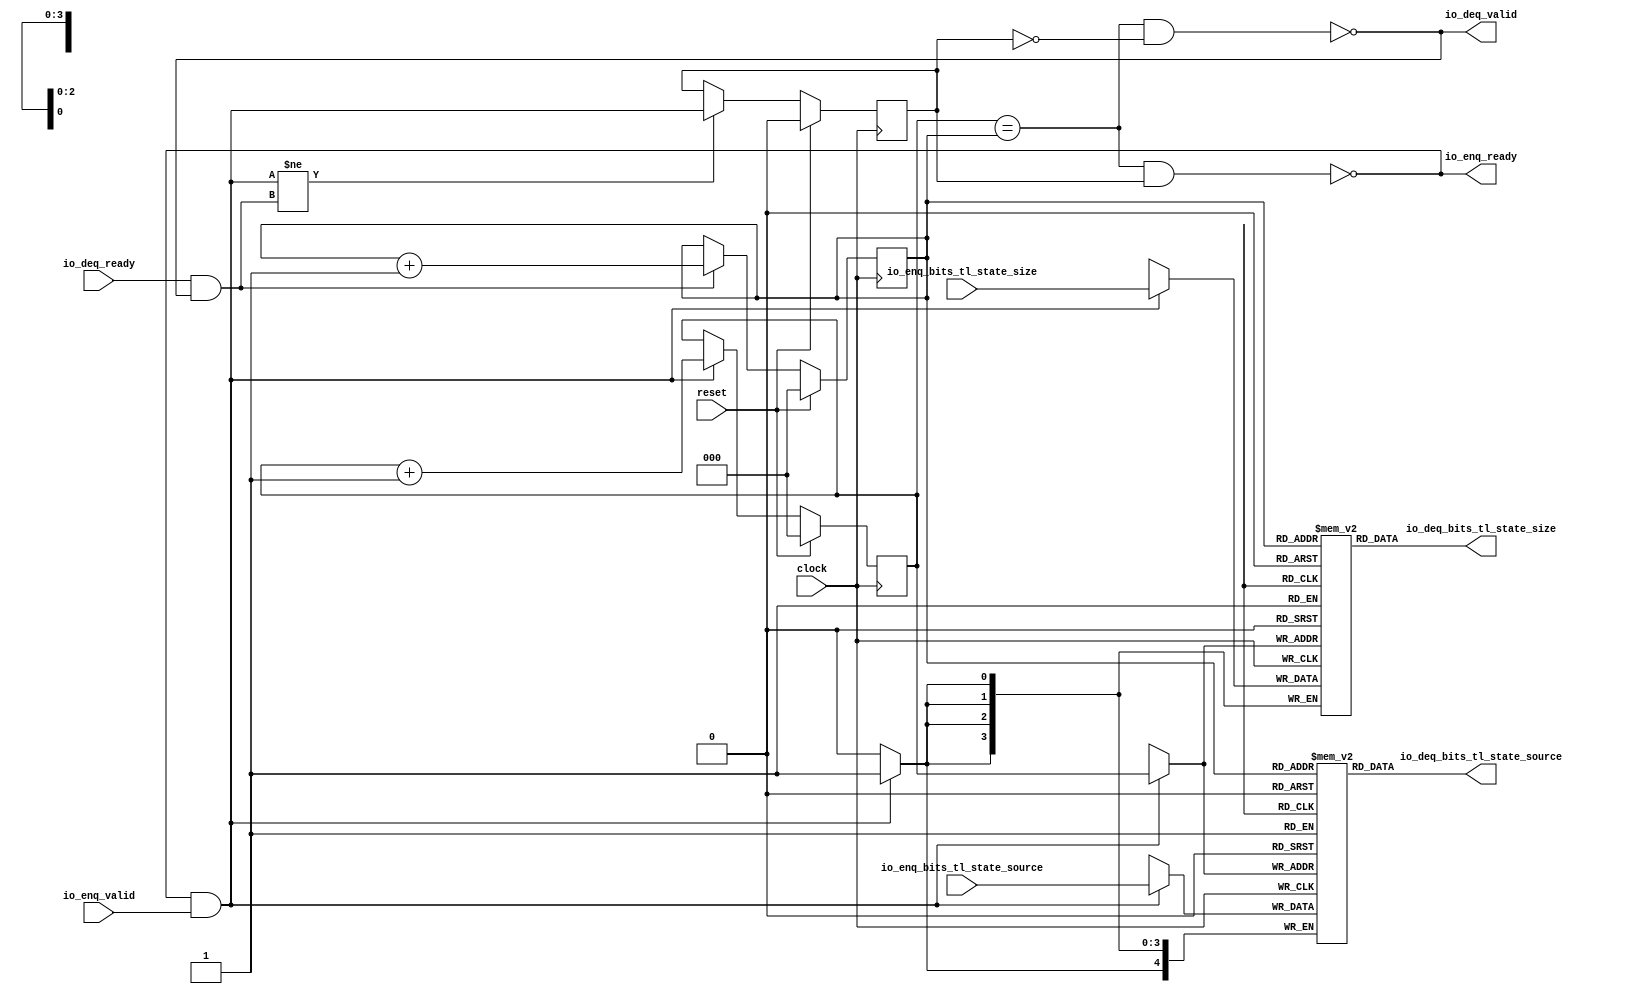
module QueueCompatibility_1(
  input        clock,
  input        reset,
  output       io_enq_ready,
  input        io_enq_valid,
  input  [3:0] io_enq_bits_tl_state_size,
  input  [4:0] io_enq_bits_tl_state_source,
  input        io_deq_ready,
  output       io_deq_valid,
  output [3:0] io_deq_bits_tl_state_size,
  output [4:0] io_deq_bits_tl_state_source
);
`ifdef RANDOMIZE_MEM_INIT
  reg [31:0] _RAND_0;
  reg [31:0] _RAND_1;
`endif // RANDOMIZE_MEM_INIT
`ifdef RANDOMIZE_REG_INIT
  reg [31:0] _RAND_2;
  reg [31:0] _RAND_3;
  reg [31:0] _RAND_4;
`endif // RANDOMIZE_REG_INIT
  reg [3:0] ram_tl_state_size [0:7]; // @[Decoupled.scala 259:95]
  wire  ram_tl_state_size_io_deq_bits_MPORT_en; // @[Decoupled.scala 259:95]
  wire [2:0] ram_tl_state_size_io_deq_bits_MPORT_addr; // @[Decoupled.scala 259:95]
  wire [3:0] ram_tl_state_size_io_deq_bits_MPORT_data; // @[Decoupled.scala 259:95]
  wire [3:0] ram_tl_state_size_MPORT_data; // @[Decoupled.scala 259:95]
  wire [2:0] ram_tl_state_size_MPORT_addr; // @[Decoupled.scala 259:95]
  wire  ram_tl_state_size_MPORT_mask; // @[Decoupled.scala 259:95]
  wire  ram_tl_state_size_MPORT_en; // @[Decoupled.scala 259:95]
  reg [4:0] ram_tl_state_source [0:7]; // @[Decoupled.scala 259:95]
  wire  ram_tl_state_source_io_deq_bits_MPORT_en; // @[Decoupled.scala 259:95]
  wire [2:0] ram_tl_state_source_io_deq_bits_MPORT_addr; // @[Decoupled.scala 259:95]
  wire [4:0] ram_tl_state_source_io_deq_bits_MPORT_data; // @[Decoupled.scala 259:95]
  wire [4:0] ram_tl_state_source_MPORT_data; // @[Decoupled.scala 259:95]
  wire [2:0] ram_tl_state_source_MPORT_addr; // @[Decoupled.scala 259:95]
  wire  ram_tl_state_source_MPORT_mask; // @[Decoupled.scala 259:95]
  wire  ram_tl_state_source_MPORT_en; // @[Decoupled.scala 259:95]
  reg [2:0] enq_ptr_value; // @[Counter.scala 62:40]
  reg [2:0] deq_ptr_value; // @[Counter.scala 62:40]
  reg  maybe_full; // @[Decoupled.scala 262:27]
  wire  ptr_match = enq_ptr_value == deq_ptr_value; // @[Decoupled.scala 263:33]
  wire  empty = ptr_match & ~maybe_full; // @[Decoupled.scala 264:25]
  wire  full = ptr_match & maybe_full; // @[Decoupled.scala 265:24]
  wire  do_enq = io_enq_ready & io_enq_valid; // @[Decoupled.scala 50:35]
  wire  do_deq = io_deq_ready & io_deq_valid; // @[Decoupled.scala 50:35]
  wire [2:0] _value_T_1 = enq_ptr_value + 3'h1; // @[Counter.scala 78:24]
  wire [2:0] _value_T_3 = deq_ptr_value + 3'h1; // @[Counter.scala 78:24]
  assign ram_tl_state_size_io_deq_bits_MPORT_en = 1'h1;
  assign ram_tl_state_size_io_deq_bits_MPORT_addr = deq_ptr_value;
  assign ram_tl_state_size_io_deq_bits_MPORT_data = ram_tl_state_size[ram_tl_state_size_io_deq_bits_MPORT_addr]; // @[Decoupled.scala 259:95]
  assign ram_tl_state_size_MPORT_data = io_enq_bits_tl_state_size;
  assign ram_tl_state_size_MPORT_addr = enq_ptr_value;
  assign ram_tl_state_size_MPORT_mask = 1'h1;
  assign ram_tl_state_size_MPORT_en = io_enq_ready & io_enq_valid;
  assign ram_tl_state_source_io_deq_bits_MPORT_en = 1'h1;
  assign ram_tl_state_source_io_deq_bits_MPORT_addr = deq_ptr_value;
  assign ram_tl_state_source_io_deq_bits_MPORT_data = ram_tl_state_source[ram_tl_state_source_io_deq_bits_MPORT_addr]; // @[Decoupled.scala 259:95]
  assign ram_tl_state_source_MPORT_data = io_enq_bits_tl_state_source;
  assign ram_tl_state_source_MPORT_addr = enq_ptr_value;
  assign ram_tl_state_source_MPORT_mask = 1'h1;
  assign ram_tl_state_source_MPORT_en = io_enq_ready & io_enq_valid;
  assign io_enq_ready = ~full; // @[Decoupled.scala 289:19]
  assign io_deq_valid = ~empty; // @[Decoupled.scala 288:19]
  assign io_deq_bits_tl_state_size = ram_tl_state_size_io_deq_bits_MPORT_data; // @[Decoupled.scala 296:17]
  assign io_deq_bits_tl_state_source = ram_tl_state_source_io_deq_bits_MPORT_data; // @[Decoupled.scala 296:17]
  always @(posedge clock) begin
    if (ram_tl_state_size_MPORT_en & ram_tl_state_size_MPORT_mask) begin
      ram_tl_state_size[ram_tl_state_size_MPORT_addr] <= ram_tl_state_size_MPORT_data; // @[Decoupled.scala 259:95]
    end
    if (ram_tl_state_source_MPORT_en & ram_tl_state_source_MPORT_mask) begin
      ram_tl_state_source[ram_tl_state_source_MPORT_addr] <= ram_tl_state_source_MPORT_data; // @[Decoupled.scala 259:95]
    end
    if (reset) begin // @[Counter.scala 62:40]
      enq_ptr_value <= 3'h0; // @[Counter.scala 62:40]
    end else if (do_enq) begin // @[Decoupled.scala 272:16]
      enq_ptr_value <= _value_T_1; // @[Counter.scala 78:15]
    end
    if (reset) begin // @[Counter.scala 62:40]
      deq_ptr_value <= 3'h0; // @[Counter.scala 62:40]
    end else if (do_deq) begin // @[Decoupled.scala 276:16]
      deq_ptr_value <= _value_T_3; // @[Counter.scala 78:15]
    end
    if (reset) begin // @[Decoupled.scala 262:27]
      maybe_full <= 1'h0; // @[Decoupled.scala 262:27]
    end else if (do_enq != do_deq) begin // @[Decoupled.scala 279:27]
      maybe_full <= do_enq; // @[Decoupled.scala 280:16]
    end
  end
// Register and memory initialization
`ifdef RANDOMIZE_GARBAGE_ASSIGN
`define RANDOMIZE
`endif
`ifdef RANDOMIZE_INVALID_ASSIGN
`define RANDOMIZE
`endif
`ifdef RANDOMIZE_REG_INIT
`define RANDOMIZE
`endif
`ifdef RANDOMIZE_MEM_INIT
`define RANDOMIZE
`endif
`ifndef RANDOM
`define RANDOM $random
`endif
`ifdef RANDOMIZE_MEM_INIT
  integer initvar;
`endif
`ifndef SYNTHESIS
`ifdef FIRRTL_BEFORE_INITIAL
`FIRRTL_BEFORE_INITIAL
`endif
initial begin
  `ifdef RANDOMIZE
    `ifdef INIT_RANDOM
      `INIT_RANDOM
    `endif
    `ifndef VERILATOR
      `ifdef RANDOMIZE_DELAY
        #`RANDOMIZE_DELAY begin end
      `else
        #0.002 begin end
      `endif
    `endif
`ifdef RANDOMIZE_MEM_INIT
  _RAND_0 = {1{`RANDOM}};
  for (initvar = 0; initvar < 8; initvar = initvar+1)
    ram_tl_state_size[initvar] = _RAND_0[3:0];
  _RAND_1 = {1{`RANDOM}};
  for (initvar = 0; initvar < 8; initvar = initvar+1)
    ram_tl_state_source[initvar] = _RAND_1[4:0];
`endif // RANDOMIZE_MEM_INIT
`ifdef RANDOMIZE_REG_INIT
  _RAND_2 = {1{`RANDOM}};
  enq_ptr_value = _RAND_2[2:0];
  _RAND_3 = {1{`RANDOM}};
  deq_ptr_value = _RAND_3[2:0];
  _RAND_4 = {1{`RANDOM}};
  maybe_full = _RAND_4[0:0];
`endif // RANDOMIZE_REG_INIT
  `endif // RANDOMIZE
end // initial
`ifdef FIRRTL_AFTER_INITIAL
`FIRRTL_AFTER_INITIAL
`endif
`endif // SYNTHESIS
endmodule